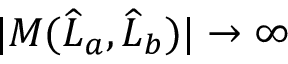
| M ( \widehat { L } _ { a } , \widehat { L } _ { b } ) | \to \infty